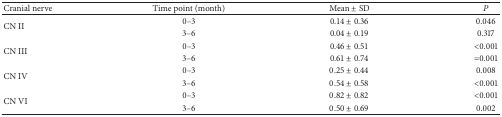
<table><thead><tr><td><b>Cranial nerve</b></td><td><b>Time point (month)</b></td><td><b>Mean ± SD</b></td><td><b><i>P</i></b></td></tr></thead><tbody><tr><td rowspan="2">CN II</td><td>0–3</td><td>0.14 ± 0.36</td><td>0.046</td></tr><tr><td>3–6</td><td>0.04 ± 0.19</td><td>0.317</td></tr><tr><td rowspan="2">CN III</td><td>0–3</td><td>0.46 ± 0.51</td><td>&lt;0.001</td></tr><tr><td>3–6</td><td>0.61 ± 0.74</td><td>=0.001</td></tr><tr><td rowspan="2">CN IV</td><td>0–3</td><td>0.25 ± 0.44</td><td>0.008</td></tr><tr><td>3–6</td><td>0.54 ± 0.58</td><td>&lt;0.001</td></tr><tr><td rowspan="2">CN VI</td><td>0–3</td><td>0.82 ± 0.82</td><td>&lt;0.001</td></tr><tr><td>3–6</td><td>0.50 ± 0.69</td><td>0.002</td></tr></tbody></table>